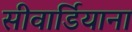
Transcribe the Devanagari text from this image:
सीवार्डियाना